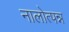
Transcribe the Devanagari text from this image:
नालोत्पन्न